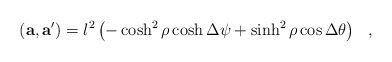
\begin{align*}({\bf a }, {\bf a'})=l^2 \left(-\cosh^2\rho \cosh \Delta \psi+\sinh^2\rho \cos\Delta \theta \right) ~~,\end{align*}